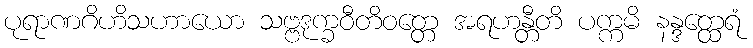
ပုရာဏဂိဟိသဟာယော သဗ္ဗဒုက္ခဝီတိဝတ္တေ အရဟန္တီတိ ပက္ကမိ နန္ဒတ္ထေရံ